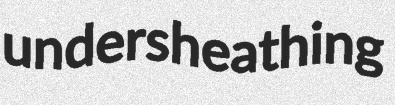
undersheathing